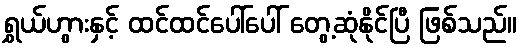
ရွှယ်ဟွားနှင့် ထင်ထင်ပေါ်ပေါ် တွေ့ဆုံနိုင်ပြီ ဖြစ်သည်။